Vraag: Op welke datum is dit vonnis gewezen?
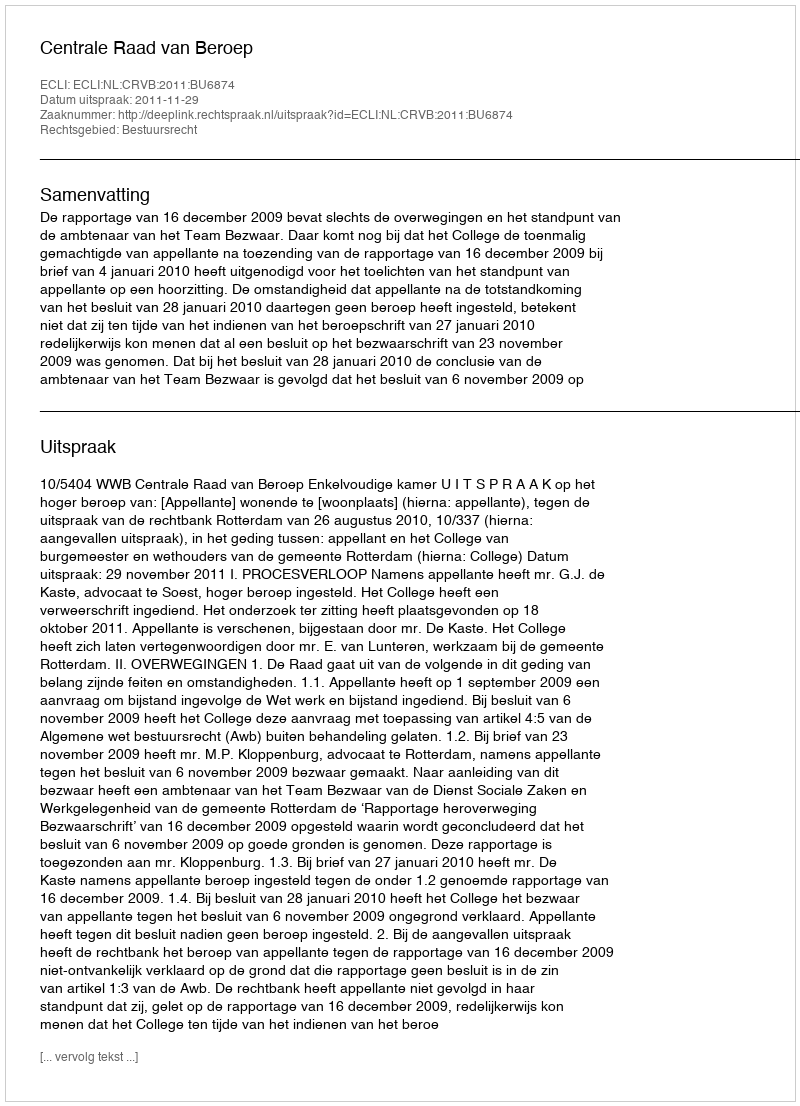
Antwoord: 2011-11-29